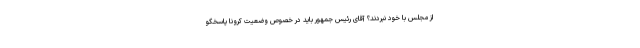
از مجلس با خود نبردند؟ آقای رئیس جمهور باید در خصوص وضعیت کرونا پاسخگو